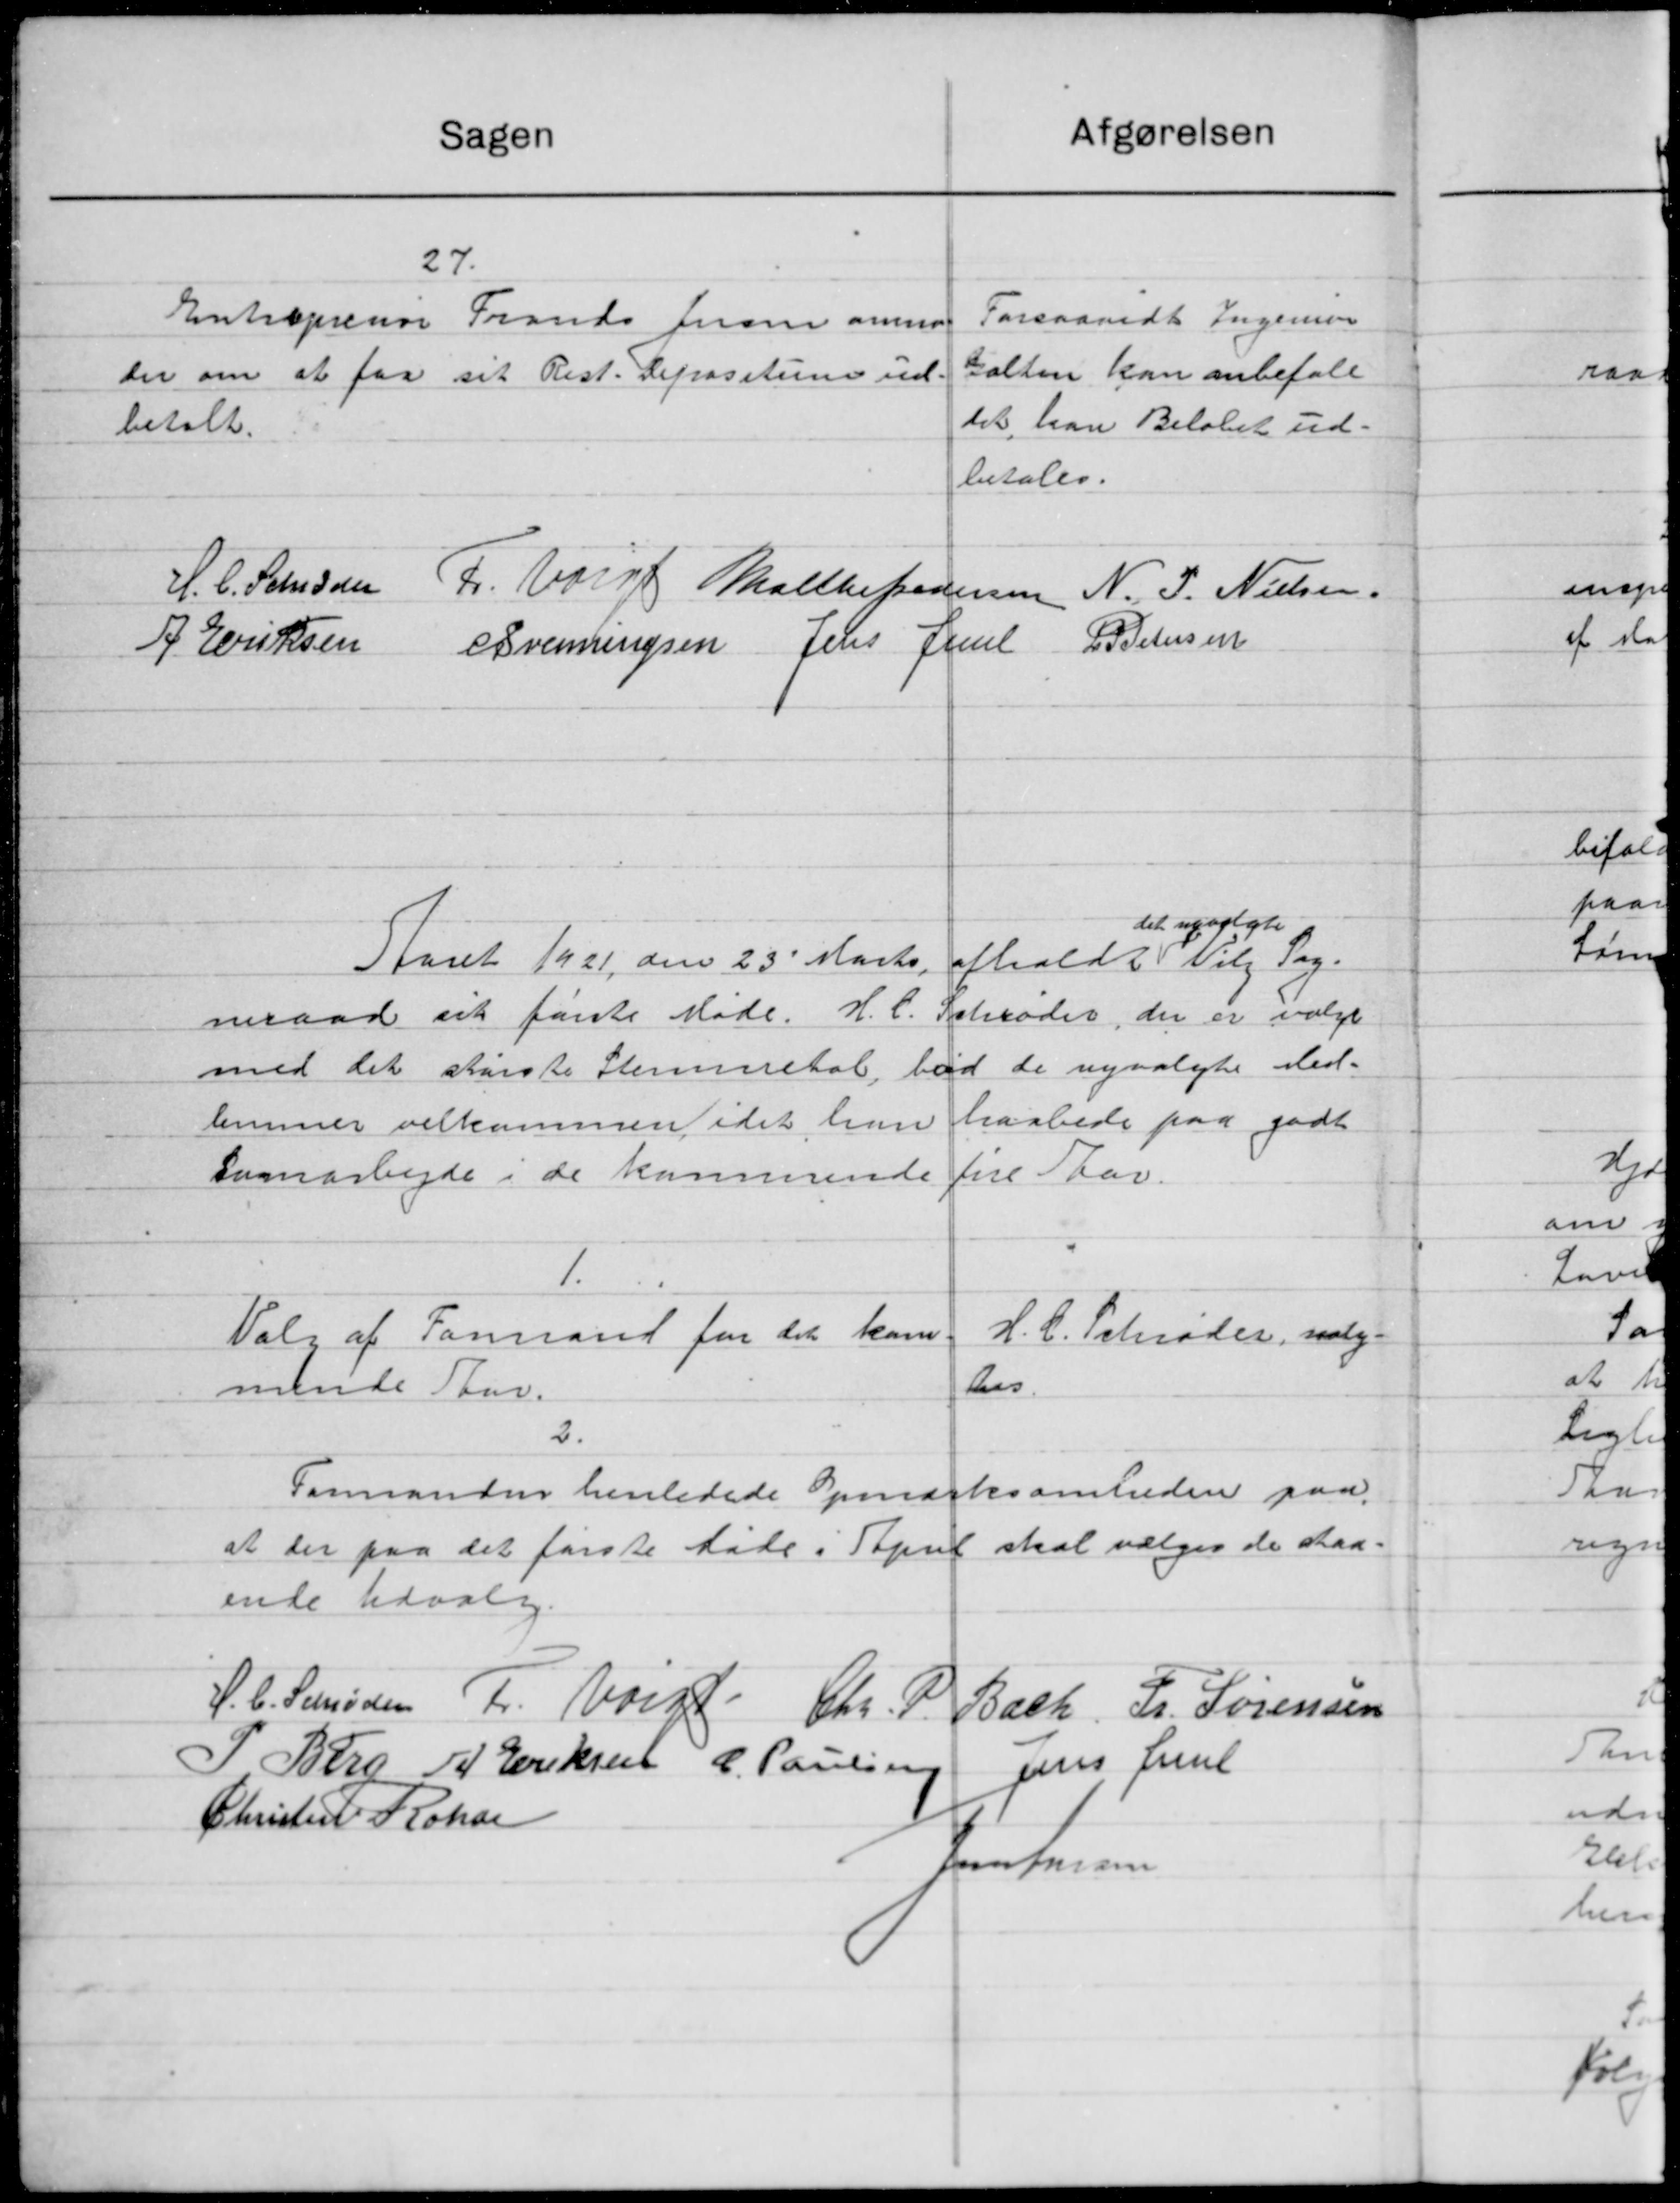
Transskription:
27.
Entreprenør Frands Jensen anmo-
der om at faa sit Rest. Depositum ud-
betalt.
Forsaavidt Ingeniør
Galten kan anbefale
det, kan Beløbet ud-
betales.
H. C. Schrøder
 Fr. Voigt
 Malthe Pedersen
 N. P. Nielsen
A. Eriksen
 C. Svenningsen
 Jens Juul
 L.P. Petersen
 Aaret 1921, den 23´Marts afholdt 
det nyvalgte
 Viby Sog-
neraad sit første Møde. H. C. Schrøder, der er valgt
med det største Stemmetal, bød de nyvalgte Med-
lemmer velkommen, idet han haabede paa godt
Samarbejde i de kommende fire Aar.
1.
Valg af Formand for det kom
mende Aar.
H. C. Schrøder, valg-
tes
2.
Formanden henledede Opmærksomheden paa
at der paa det første Møde i April skal vælges de staa-
ende Udvalg.

H. C. Schrøder
 Fr. Voigt
 Chr. P. Bach
 Fr. Sørensen
 P. Berg
 A. Eriksen
 P. Pauling
 Jens Juul
Christen Rohde
Jens Larsen